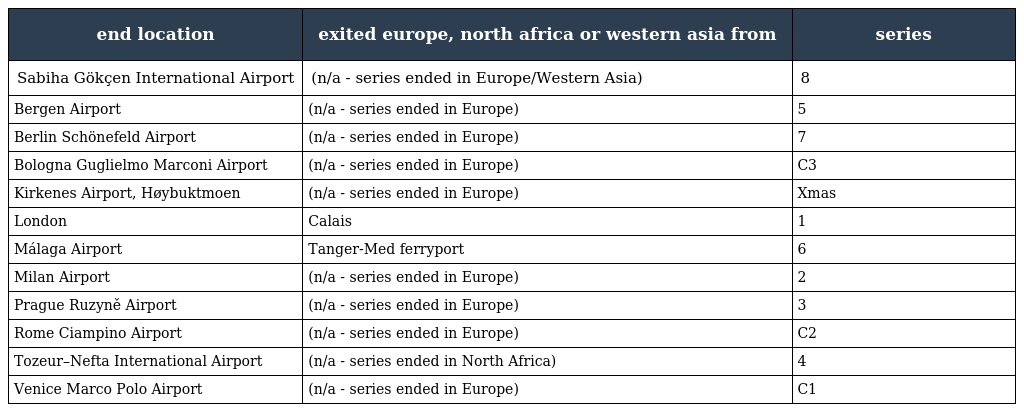
| end location | exited europe, north africa or western asia from | series |
 | --- | --- | --- |
 | Sabiha Gökçen International Airport | (n/a - series ended in Europe/Western Asia) | 8 |
 | Bergen Airport | (n/a - series ended in Europe) | 5 |
 | Berlin Schönefeld Airport | (n/a - series ended in Europe) | 7 |
 | Bologna Guglielmo Marconi Airport | (n/a - series ended in Europe) | C3 |
 | Kirkenes Airport, Høybuktmoen | (n/a - series ended in Europe) | Xmas |
 | London | Calais | 1 |
 | Málaga Airport | Tanger-Med ferryport | 6 |
 | Milan Airport | (n/a - series ended in Europe) | 2 |
 | Prague Ruzyně Airport | (n/a - series ended in Europe) | 3 |
 | Rome Ciampino Airport | (n/a - series ended in Europe) | C2 |
 | Tozeur–Nefta International Airport | (n/a - series ended in North Africa) | 4 |
 | Venice Marco Polo Airport | (n/a - series ended in Europe) | C1 |